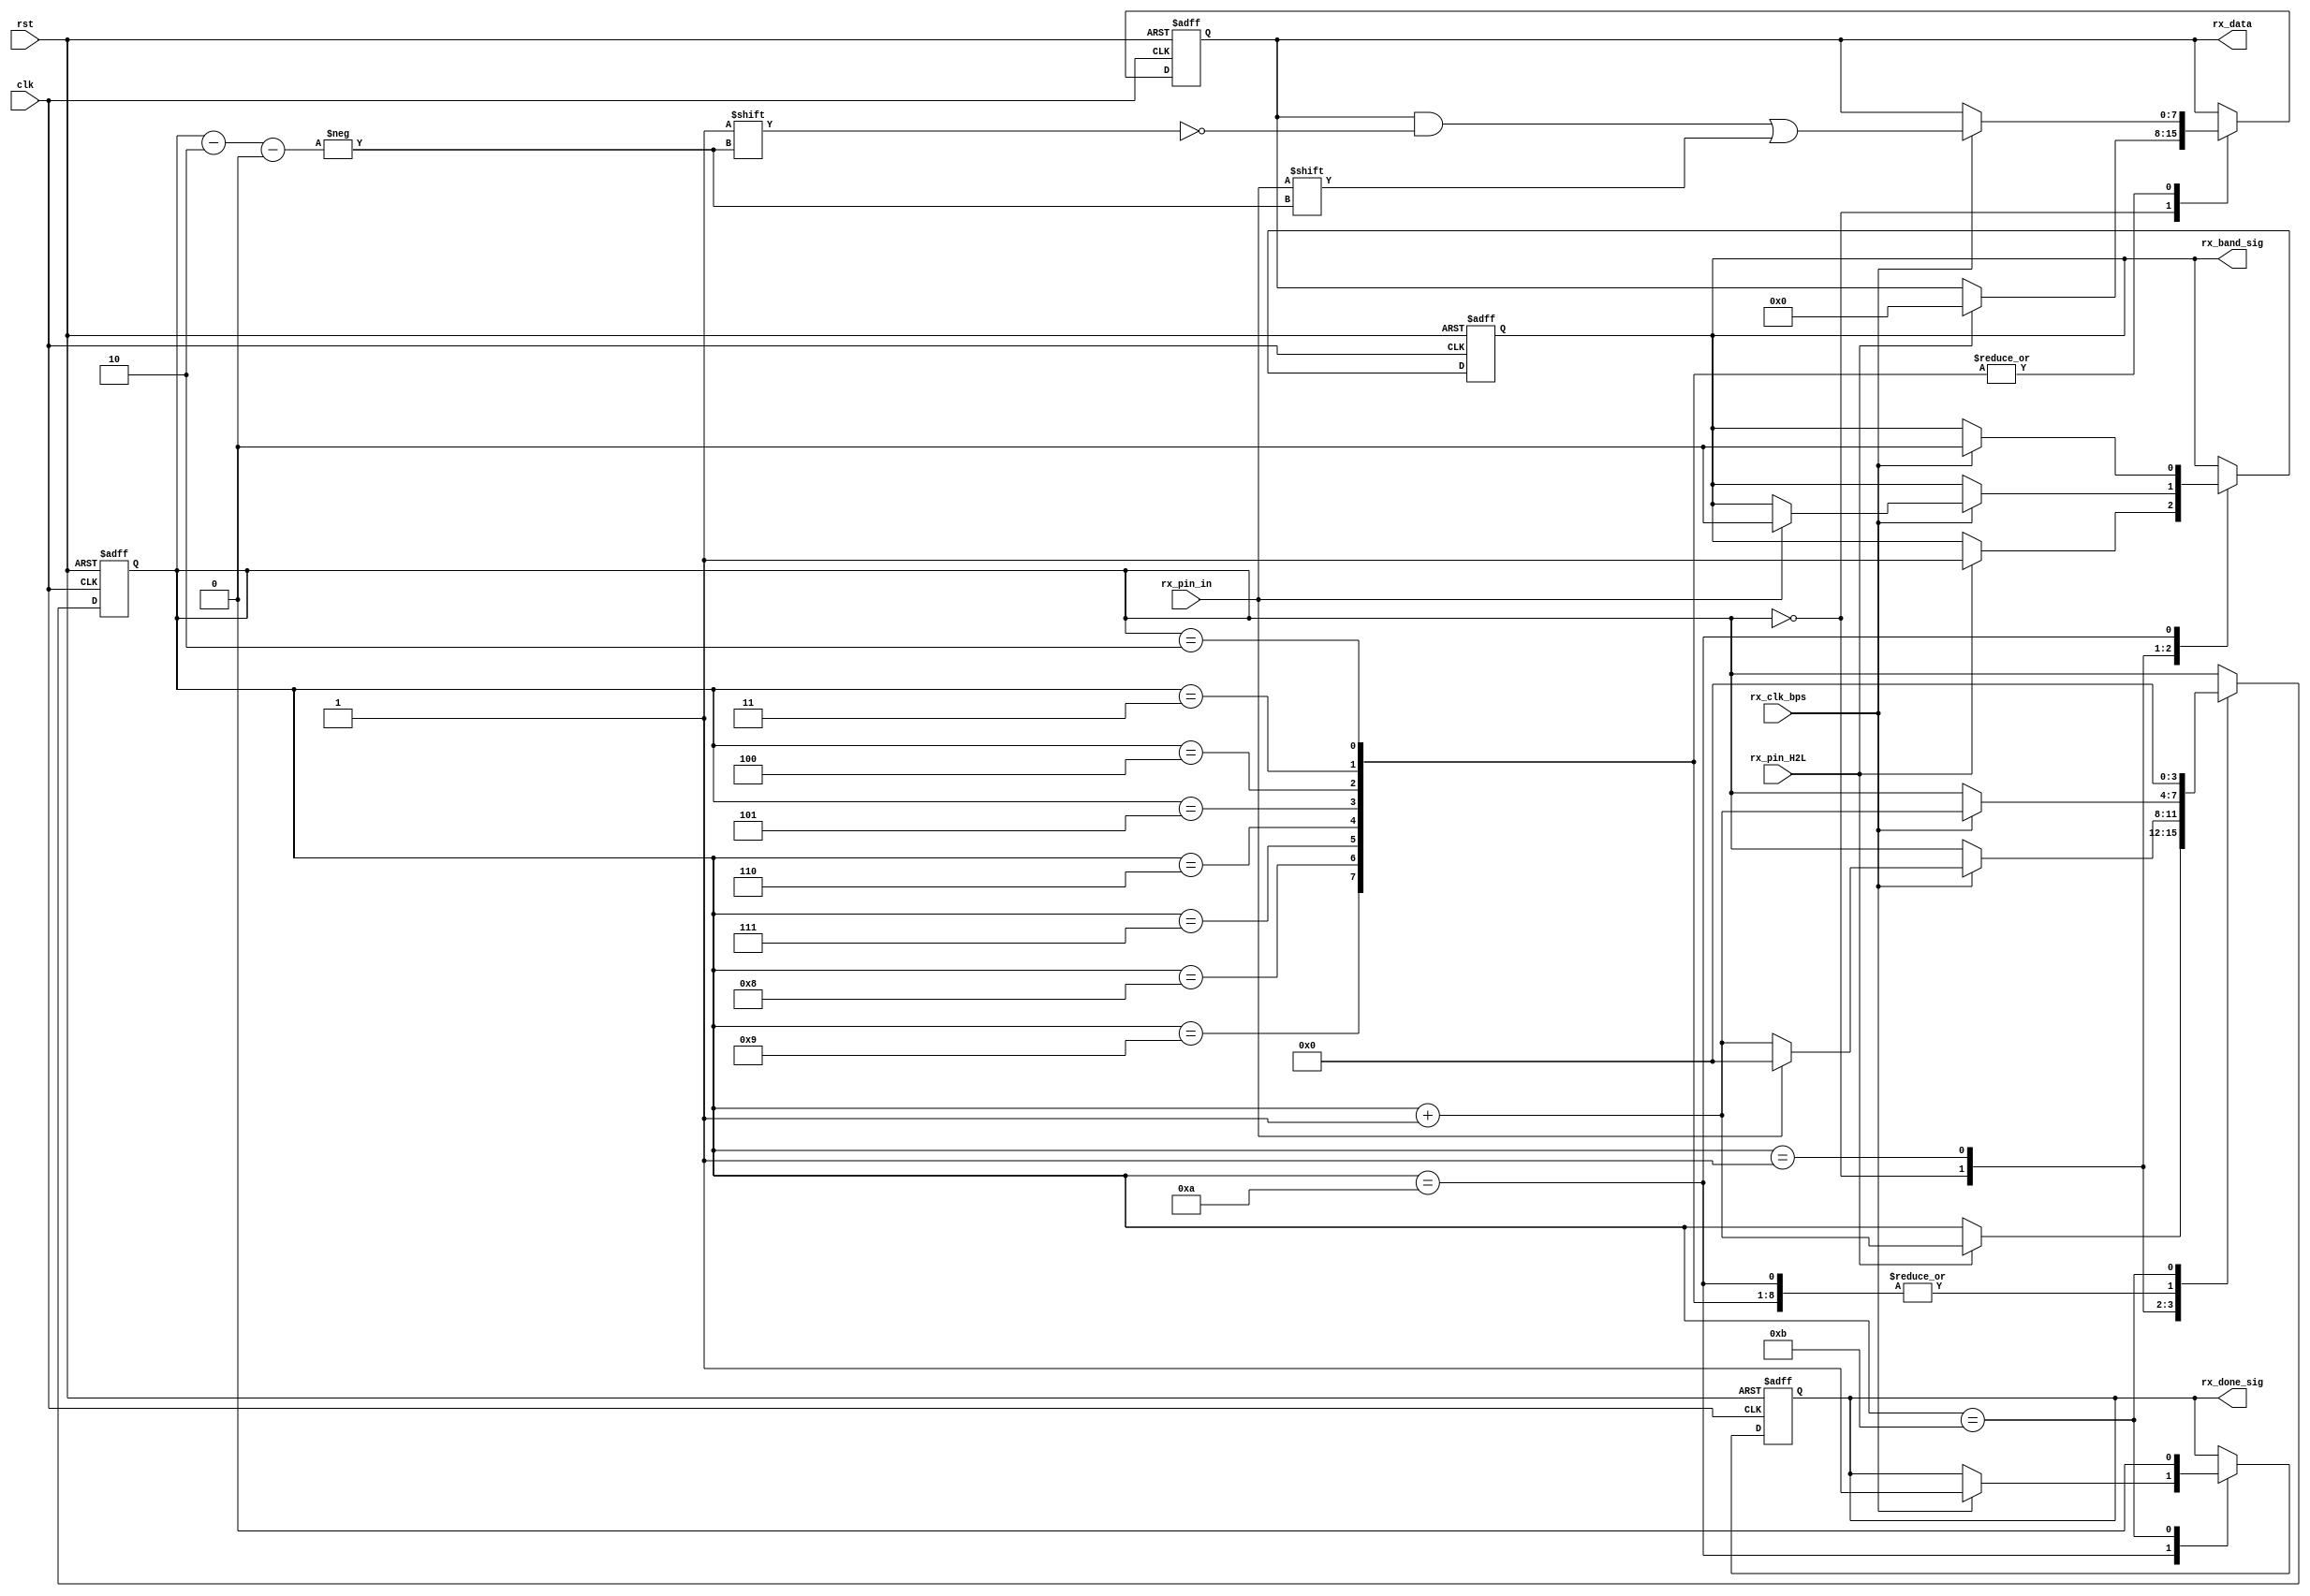
`timescale 1ns / 1ps
module uart_rx_ctl(
    input clk,
    input rst,
    input rx_pin_in,
    input rx_pin_H2L,
    output reg rx_band_sig,
    input rx_clk_bps,
    output reg[7:0]rx_data,
    output reg rx_done_sig
    );
    localparam [3:0] IDLE = 4'd0, BEGIN = 4'd1, DATA0 = 4'd2,
                     DATA1 = 4'd3, DATA2 = 4'd4, DATA3 = 4'd5, 
                     DATA4 = 4'd6, DATA5 = 4'd7, DATA6 = 4'd8, 
                     DATA7 = 4'd9, END = 4'd10, BFREE = 4'd11; 
    reg [3:0]pos;
    always @( posedge clk or posedge rst )
        if( rst )
        begin
            rx_band_sig <= 1'b0;
            rx_data <= 8'd0;
            pos <= IDLE;
            rx_done_sig <= 1'b0;
        end
        else
            case( pos )
                IDLE:
                    if( rx_pin_H2L )
                    begin
                        rx_band_sig <= 1'b1;
                        pos <= pos + 1'b1;
                        rx_data <= 8'd0;
                    end
                BEGIN:
                    if( rx_clk_bps )
                    begin
                        if( rx_pin_in == 1'b0 )
                        begin
                            pos <= pos + 1'b1;
                        end
                        else
                        begin
                            rx_band_sig <= 1'b0;
                            pos <= IDLE;
                        end
                    end
                DATA0,DATA1,DATA2,DATA3,DATA4,DATA5,DATA6,DATA7:
                    if( rx_clk_bps )
                    begin
                        rx_data[ pos - DATA0 ] <= rx_pin_in;
                        pos <= pos + 1'b1; 
                    end
                END:
                    if( rx_clk_bps )
                    begin
                        rx_done_sig <= 1'b1;
                        pos <= pos + 1'b1;
                        rx_band_sig <= 1'b0;
                    end
                BFREE:
                begin
                    rx_done_sig <= 1'b0;
                    pos <= IDLE;
                end
            endcase
endmodule